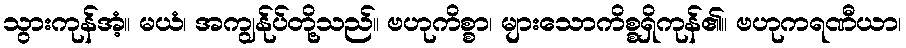
သွားကုန်အံ့။ မယံ၊ အကျွန်ုပ်တို့သည်။ ဗဟုကိစ္စာ၊ များသောကိစ္စရှိကုန်၏။ ဗဟုကရဏီယာ၊